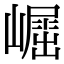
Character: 𡽈